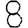
Digit: 8